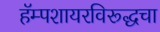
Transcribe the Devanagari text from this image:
हॅम्पशायरविरूद्धचा